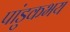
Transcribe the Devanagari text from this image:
पांडुकभय